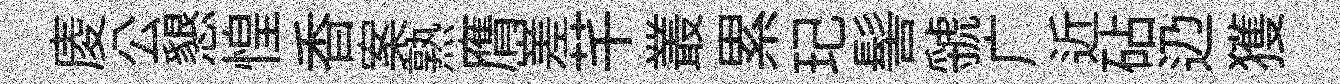
庱公懇惶香案熟膺嵳芊叢累玘髻虢广近砧辸獲